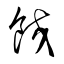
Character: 餃